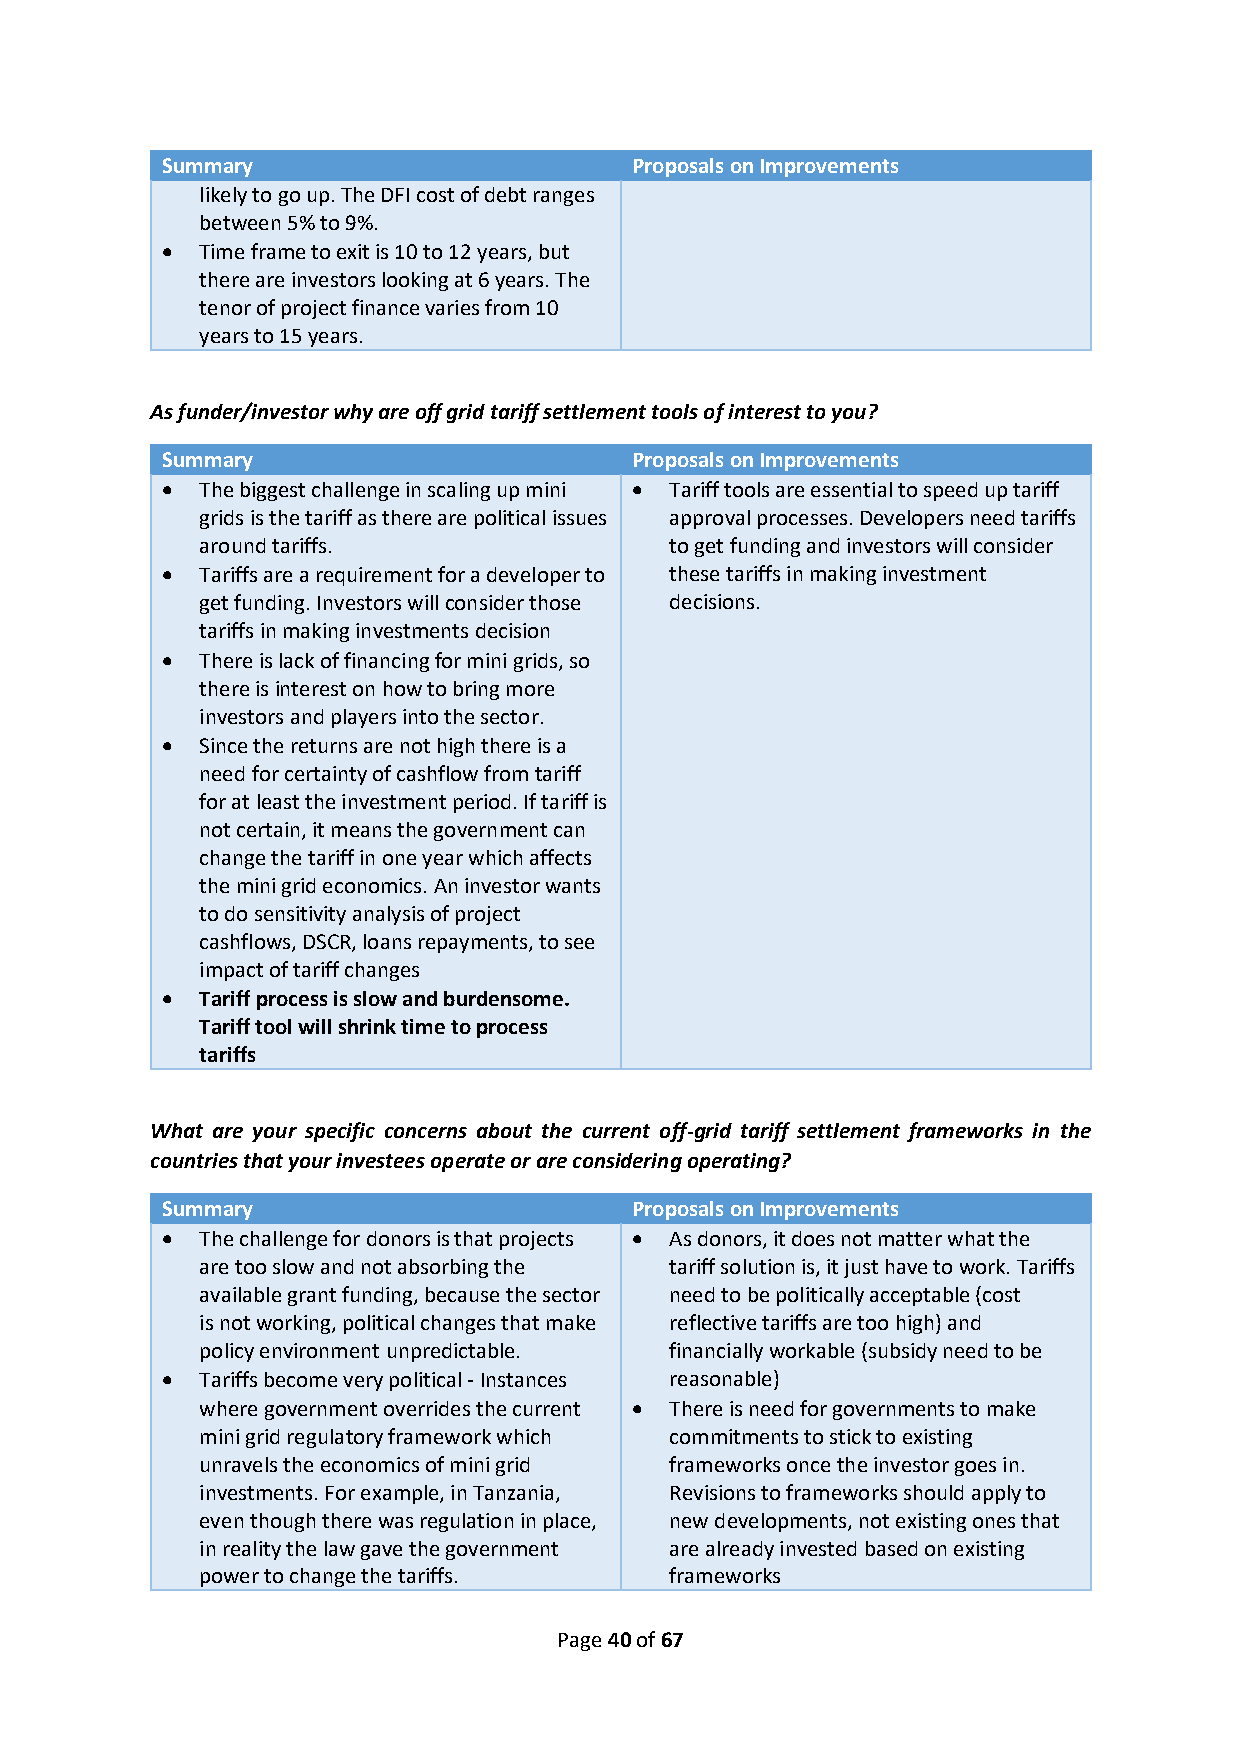
Summary                        Proposals on Improvements
 likely to go up. The DFI cost of debt ranges
 between 5% to 9%.
 • Time frame to exit is 10 to 12 years, but
 there are investors looking at 6 years. The
 tenor of project finance varies from 10
 years to 15 years.
 As funder/investor why are off grid tariff settlement tools of interest to you?
 Summary                        Proposals on Improvements
 • The biggest challenge in scaling up mini • Tariff tools are essential to speed up tariff
 grids is the tariff as there are political issues approval processes. Developers need tariffs
 around tariffs.                to get funding and investors will consider
 • Tariffs are a requirement for a developer to these tariffs in making investment
 get funding. Investors will consider those decisions.
 tariffs in making investments decision
 • There is lack of financing for mini grids, so
 there is interest on how to bring more
 investors and players into the sector.
 • Since the returns are not high there is a
 need for certainty of cashflow from tariff
 for at least the investment period. If tariff is
 not certain, it means the government can
 change the tariff in one year which affects
 the mini grid economics. An investor wants
 to do sensitivity analysis of project
 cashflows, DSCR, loans repayments, to see
 impact of tariff changes
 • Tariff process is slow and burdensome.
 Tariff tool will shrink time to process
 tariffs
 What are your specific concerns about the current off-grid tariff settlement frameworks in the
 countries that your investees operate or are considering operating?
 Summary                        Proposals on Improvements
 • The challenge for donors is that projects • As donors, it does not matter what the
 are too slow and not absorbing the tariff solution is, it just have to work. Tariffs
 available grant funding, because the sector need to be politically acceptable (cost
 is not working, political changes that make reflective tariffs are too high) and
 policy environment unpredictable. financially workable (subsidy need to be
 • Tariffs become very political - Instances reasonable)
 where government overrides the current • There is need for governments to make
 mini grid regulatory framework which commitments to stick to existing
 unravels the economics of mini grid frameworks once the investor goes in.
 investments. For example, in Tanzania, Revisions to frameworks should apply to
 even though there was regulation in place, new developments, not existing ones that
 in reality the law gave the government are already invested based on existing
 power to change the tariffs.   frameworks
 Page 40 of 67